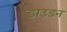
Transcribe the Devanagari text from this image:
डाउडन